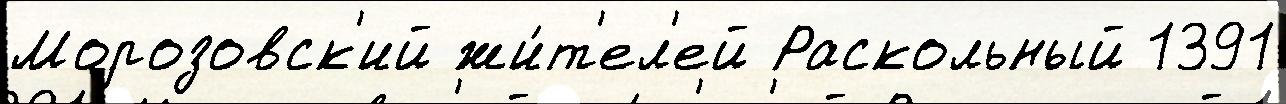
Морозовск'ий жи́т'ел'ей Раскольный 1391